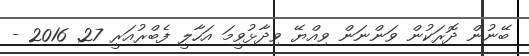
ބޭނުން ދޮރަކުން ވަންނަން ވިއްޔޭ ވިދާޅުވީމަ އަހާލީ ފެބްރުއަރީ 27